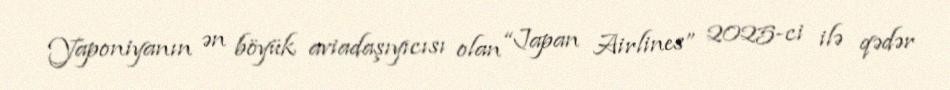
Yaponiyanın ən böyük aviadaşıyıcısı olan “Japan Airlines” 2025-ci ilə qədər